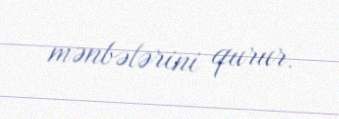
mənbələrini qurur.